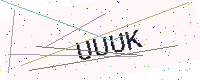
Text: UUUK